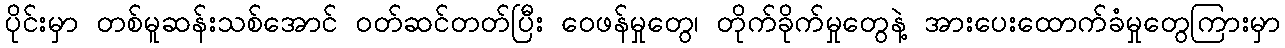
ပိုင်းမှာ တစ်မူဆန်းသစ်အောင် ဝတ်ဆင်တတ်ပြီး ဝေဖန်မှုတွေ၊ တိုက်ခိုက်မှုတွေနဲ့ အားပေးထောက်ခံမှုတွေကြားမှာ